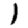
Digit: 1